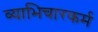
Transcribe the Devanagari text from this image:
व्याभिचारकर्म